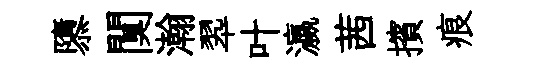
隳闃瀚翆叶瀛茜擯痕